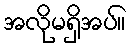
အလိုမရှိအပ်။